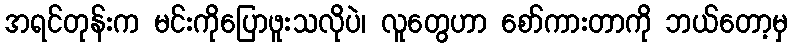
အရင်တုန်းက မင်းကိုပြောဖူးသလိုပဲ၊ လူတွေဟာ စော်ကားတာကို ဘယ်တော့မှ